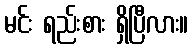
မင်း ရည်းစား ရှိပြီလား။